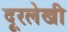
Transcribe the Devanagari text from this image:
दूरलेखी